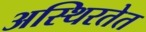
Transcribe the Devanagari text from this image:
अस्थिरतेत